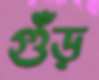
গুঁড়